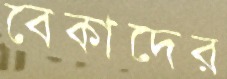
বেকাদের